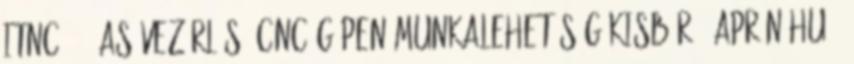
ITNC-530-as vezérlésű cnc gépen munkalehetőség Kisbér - Aprón.hu -